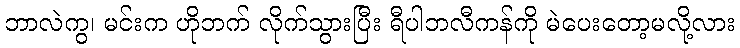
ဘာလဲကွ၊ မင်းက ဟိုဘက် လိုက်သွားပြီး ရီပါဘလီကန်ကို မဲပေးတော့မလို့လား